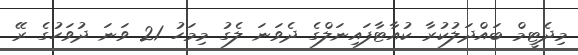
މިދެޓީމް ބައްދަލުކުރާ ކުއާޓާފައިނަލްގެ ދެވަނަ ލެގު މިމަހު 21 ވަނަ ދުވަހުގެ ރޭ